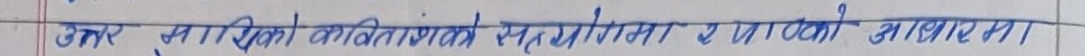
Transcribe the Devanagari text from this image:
उत्तर साविकको कवितांशको सहयोगता र पाठको आधारमा।